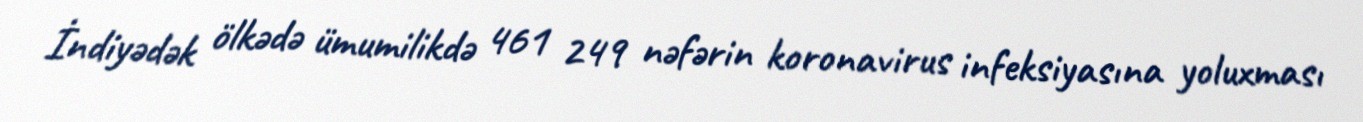
İndiyədək ölkədə ümumilikdə 461 249 nəfərin koronavirus infeksiyasına yoluxması